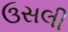
ઉસલી